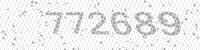
Solution: 772689